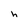
Character: h